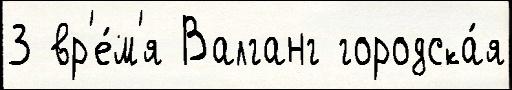
3 вр'е́м'я Валганг городска́я